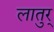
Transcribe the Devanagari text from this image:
लातुर्